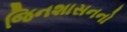
જિનશાસનનો